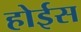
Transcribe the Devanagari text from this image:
होईस